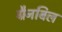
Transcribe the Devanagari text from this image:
ग्रैनबिल